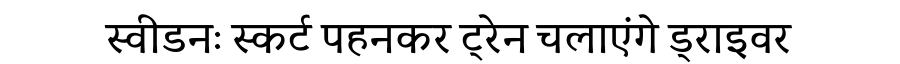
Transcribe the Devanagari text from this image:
स्वीडनः स्कर्ट पहनकर ट्रेन चलाएंगे ड्राइवर